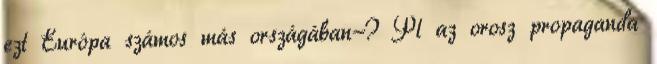
ezt Európa számos más országában-? Pl az orosz propaganda